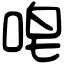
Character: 唣